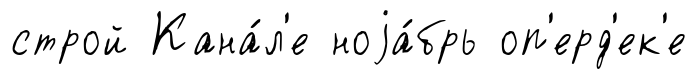
строй Кана́л'е ноjа́брь оп'ерд'ек'е